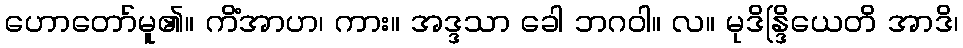
ဟောတော်မူ၏။ ကိံအာဟ၊ ကား။ အဒ္ဒသာ ခေါ ဘဂဝါ။ လ။ မုဒိန္ဒြိယေတိ အာဒိ၊